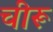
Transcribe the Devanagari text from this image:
चीरू